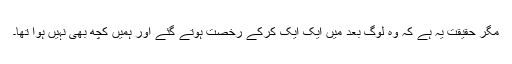
مگر حقیقت یہ ہے کہ وہ لوگ بعد میں ایک ایک کرکے رخصت ہوتے گئے اور ہمیں کچھ بھی نہیں ہوا تھا۔